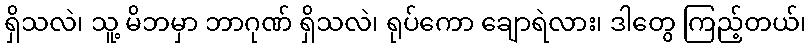
ရှိသလဲ၊ သူ့ မိဘမှာ ဘာဂုဏ် ရှိသလဲ၊ ရုပ်ကော ချောရဲလား၊ ဒါတွေ ကြည့်တယ်၊